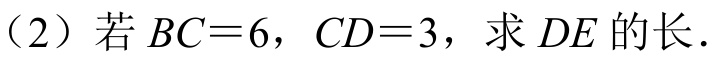
（2）若\(BC = 6\)，\(CD = 3\)，求\(DE\)的长．